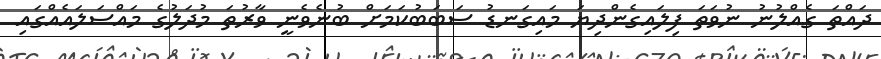
ދައްތަ ގެއްލުނު ނުވަތަ ފިލައިގެންދިޔަ މައިގަނޑު ސަބަބުކަމަށް ބުނެވެނީ ވާރުތަ މުދަލުގެ މައްސަލައެއްގައި